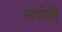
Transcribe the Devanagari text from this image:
सर्पेष्ठी